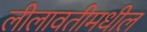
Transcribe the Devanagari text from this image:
लीलावतीमधील